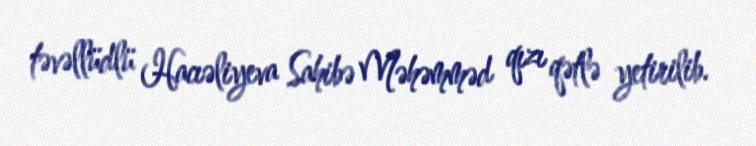
təvəllüdlü Hacıəliyeva Sahibə Məhəmməd qızı qətlə yetirilib.